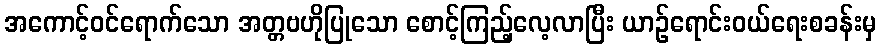
အကောင့်ဝင်ရောက်သော အတ္တဗဟိုပြုသော စောင့်ကြည့်လေ့လာပြီး ယာဉ်ရောင်းဝယ်ရေးစခန်းမှ